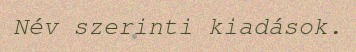
Név szerinti kiadások.